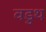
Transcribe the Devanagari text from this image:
वडुथ